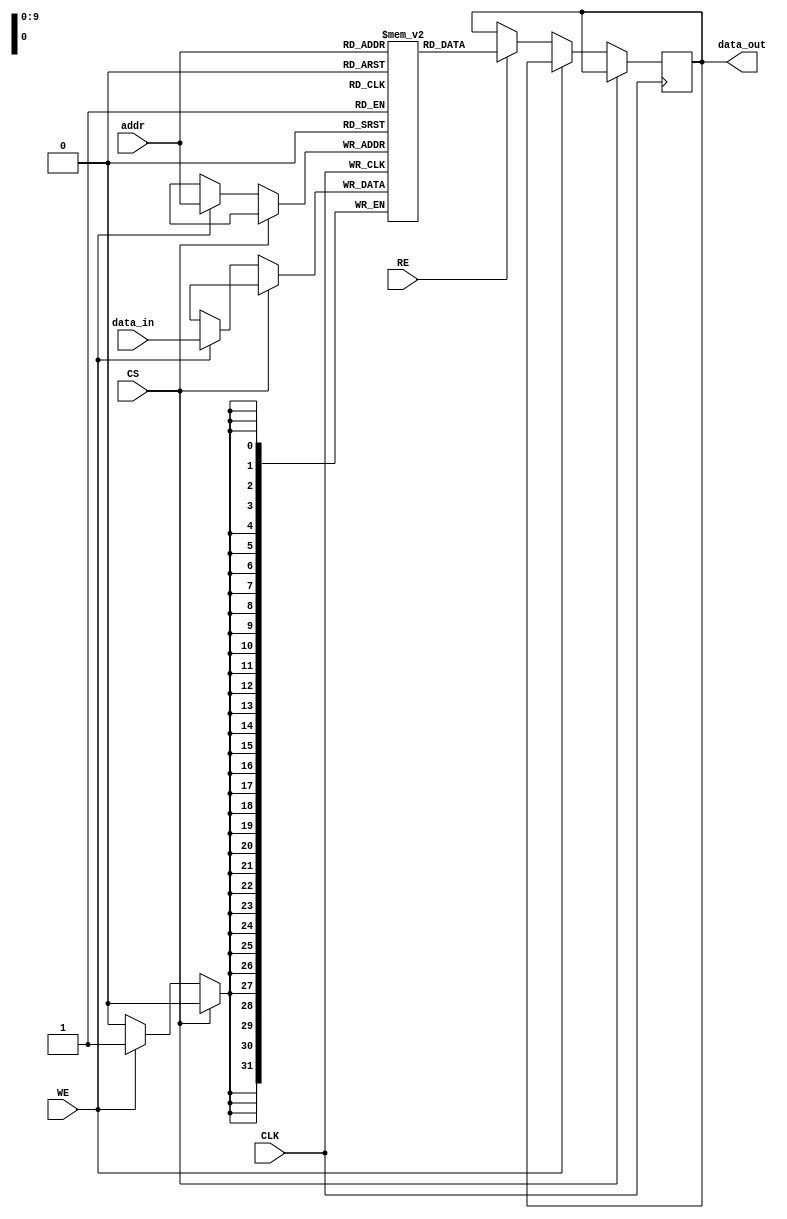
module IO_Blocks_Cache_SRAM #(
    parameter DATA_WIDTH = 32,    // Width of each word (in bits)
    parameter ADDR_WIDTH = 10,    // Number of address bits (for 1KB: 2^10 = 1024)
    parameter DEPTH = 1 << ADDR_WIDTH // Total number of words (e.g., 1KB)
)(
    input wire CLK,                // Clock signal
    input wire CS,                 // Chip Select
    input wire RE,                 // Read Enable
    input wire WE,                 // Write Enable
    input wire [ADDR_WIDTH-1:0] addr, // Address input
    input wire [DATA_WIDTH-1:0] data_in, // Data input for write operations
    output reg [DATA_WIDTH-1:0] data_out // Data output for read operations
);

    // SRAM Memory Array
    reg [DATA_WIDTH-1:0] memory [0:DEPTH-1];

    // Read and Write Operations
    always @(posedge CLK) begin
        if (!CS) begin // Active low chip select
            if (WE) begin
                // Write operation
                memory[addr] <= data_in; // Write data to addressed location
            end else if (RE) begin
                // Read operation
                data_out <= memory[addr]; // Read data from addressed location
            end
        end
    end

endmodule